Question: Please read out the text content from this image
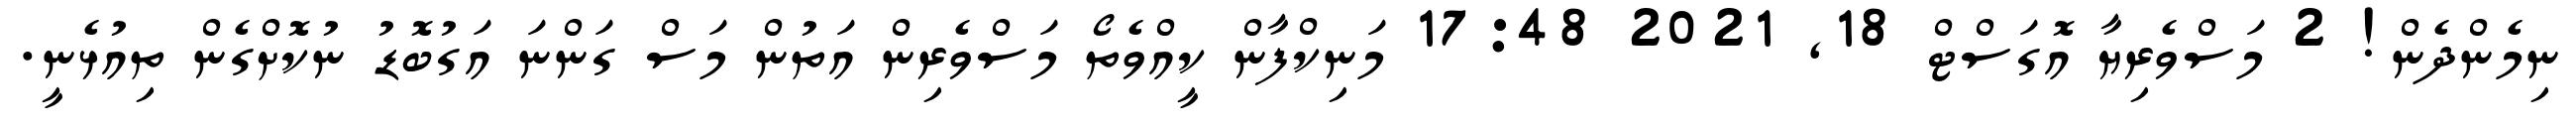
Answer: ނިމެންދެން! 2 މަސްވެރިޔާ އޮގަސްޓް 18, 2021 17:48 މަނިކްފާން ކީއްވެތޯ މަސްވެރިން އަތުން މަސް ގަންނަ އަގުބޮޑު ނުކޮށްގެން ތިއުޅެނީ.